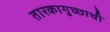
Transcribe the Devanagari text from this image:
तारकागुच्छाची